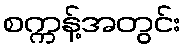
စက္ကန့်အတွင်း